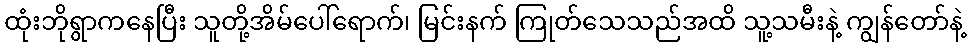
ထုံးဘိုရွာကနေပြီး သူတို့အိမ်ပေါ်ရောက်၊ မြင်းနက် ကြုတ်သေသည်အထိ သူ့သမီးနဲ့ ကျွန်တော်နဲ့